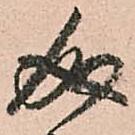
成